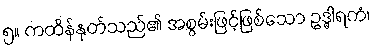
၅။ ကထိန်နုတ်သည်၏ အစွမ်းဖြင့်ဖြစ်သော ဥဒ္ဓါရကံ၊